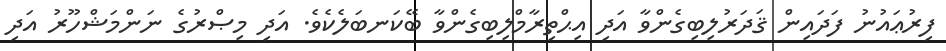
ފިރުޢައުނު ފަދައިން ޤަދަރުލިބިގެންވާ އަދި އިޙްތިރާމްލިބިގެންވާ ބޭކަނބަލެކެވެ. އަދި މިޞްރުގެ ނަންމަޝްހޫރު އަދި